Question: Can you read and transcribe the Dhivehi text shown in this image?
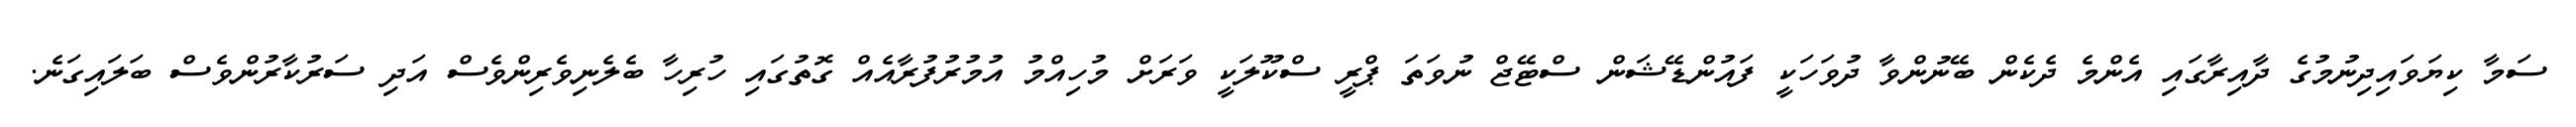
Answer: ސަމާ ކިޔަވައިދިނުމުގެ ދާއިރާގައި އެންމެ ދެކެން ބޭނުންވާ ދުވަހަކީ ފައުންޑޭޝަން ސްޓޭޖް ނުވަތަ ޕްރީ ސްކޫލަކީ ވަރަށް މުހިއްމު އުމުރުފުރާއެއް ގޮތުގައި ހުރިހާ ބެލެނިވެރިންވެސް އަދި ސަރުކާރުންވެސް ބަލައިގަނެ.